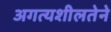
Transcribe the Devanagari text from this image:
अगत्यशीलतेने